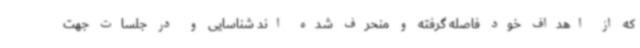
که از اهداف خود فاصله گرفته و منحرف شده اند شناسایی و در جلسات جهت